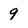
Character: 9